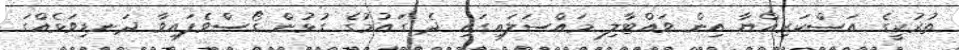
ތުރުކީގެ އަސްކަރިއްޔާ އިން ވައްޓާލި މައްސަލައިގައި ދެ ގައުމުގެ ގުޅުން ގޯސްވެފައިވާ ދަނޑިވަޅެއްގަ